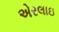
એરલાઇ